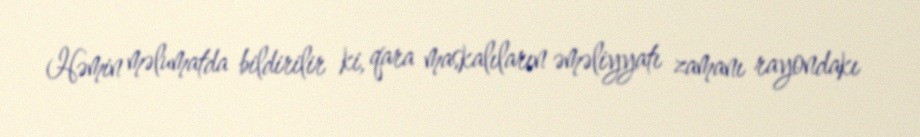
Həmin məlumatda bildirilir ki, qara maskalıların əməliyyatı zamanı rayondakı